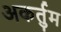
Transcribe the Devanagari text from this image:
अकर्तुम